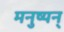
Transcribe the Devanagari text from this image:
मनुष्यन्